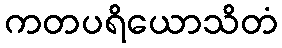
ကတပရိယောသိတံ